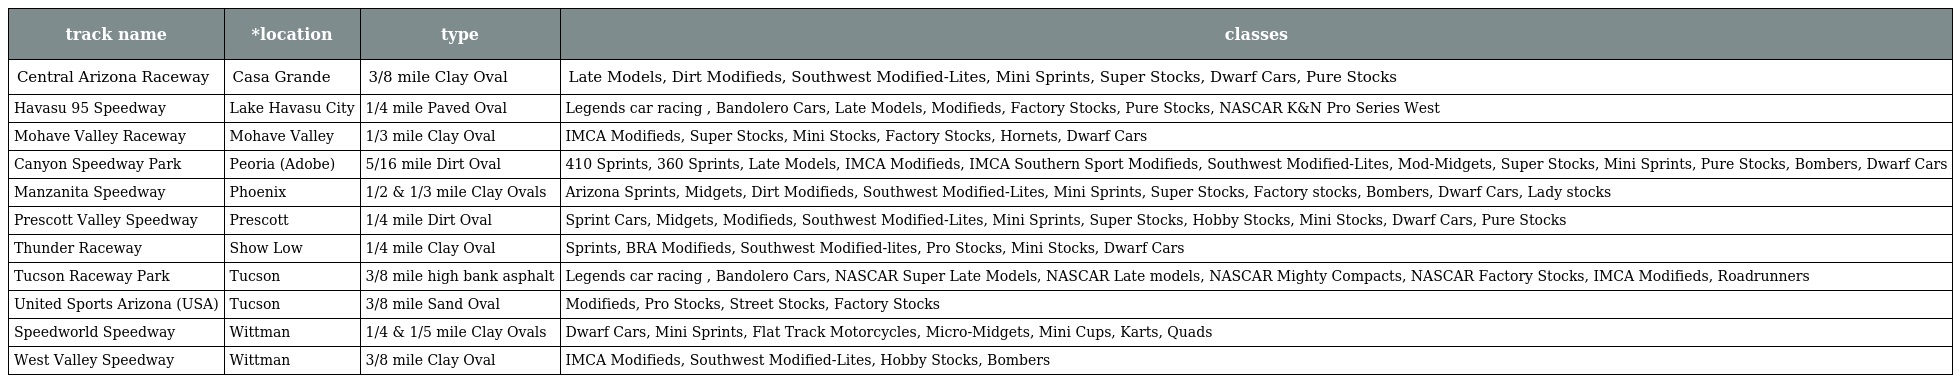
| track name | *location | type | classes |
 | --- | --- | --- | --- |
 | Central Arizona Raceway | Casa Grande | 3/8 mile Clay Oval | Late Models, Dirt Modifieds, Southwest Modified-Lites, Mini Sprints, Super Stocks, Dwarf Cars, Pure Stocks |
 | Havasu 95 Speedway | Lake Havasu City | 1/4 mile Paved Oval | Legends car racing , Bandolero Cars, Late Models, Modifieds, Factory Stocks, Pure Stocks, NASCAR K&N Pro Series West |
 | Mohave Valley Raceway | Mohave Valley | 1/3 mile Clay Oval | IMCA Modifieds, Super Stocks, Mini Stocks, Factory Stocks, Hornets, Dwarf Cars |
 | Canyon Speedway Park | Peoria (Adobe) | 5/16 mile Dirt Oval | 410 Sprints, 360 Sprints, Late Models, IMCA Modifieds, IMCA Southern Sport Modifieds, Southwest Modified-Lites, Mod-Midgets, Super Stocks, Mini Sprints, Pure Stocks, Bombers, Dwarf Cars |
 | Manzanita Speedway | Phoenix | 1/2 & 1/3 mile Clay Ovals | Arizona Sprints, Midgets, Dirt Modifieds, Southwest Modified-Lites, Mini Sprints, Super Stocks, Factory stocks, Bombers, Dwarf Cars, Lady stocks |
 | Prescott Valley Speedway | Prescott | 1/4 mile Dirt Oval | Sprint Cars, Midgets, Modifieds, Southwest Modified-Lites, Mini Sprints, Super Stocks, Hobby Stocks, Mini Stocks, Dwarf Cars, Pure Stocks |
 | Thunder Raceway | Show Low | 1/4 mile Clay Oval | Sprints, BRA Modifieds, Southwest Modified-lites, Pro Stocks, Mini Stocks, Dwarf Cars |
 | Tucson Raceway Park | Tucson | 3/8 mile high bank asphalt | Legends car racing , Bandolero Cars, NASCAR Super Late Models, NASCAR Late models, NASCAR Mighty Compacts, NASCAR Factory Stocks, IMCA Modifieds, Roadrunners |
 | United Sports Arizona (USA) | Tucson | 3/8 mile Sand Oval | Modifieds, Pro Stocks, Street Stocks, Factory Stocks |
 | Speedworld Speedway | Wittman | 1/4 & 1/5 mile Clay Ovals | Dwarf Cars, Mini Sprints, Flat Track Motorcycles, Micro-Midgets, Mini Cups, Karts, Quads |
 | West Valley Speedway | Wittman | 3/8 mile Clay Oval | IMCA Modifieds, Southwest Modified-Lites, Hobby Stocks, Bombers |